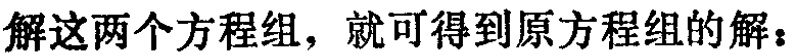
解这两个方程组，就可得到原方程组的解：